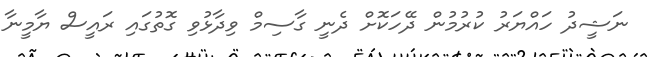
ނަޝީދު ހައްޔަރު ކުރުމުން ދޭހަކޮށް ދެނީ ގާސިމް ވިދާޅުވި ގޮތުގައި ރައީސް ޔާމީނާ